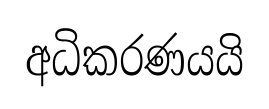
අධිකරණයයි